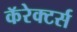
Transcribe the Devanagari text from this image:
कॅरेक्टर्स